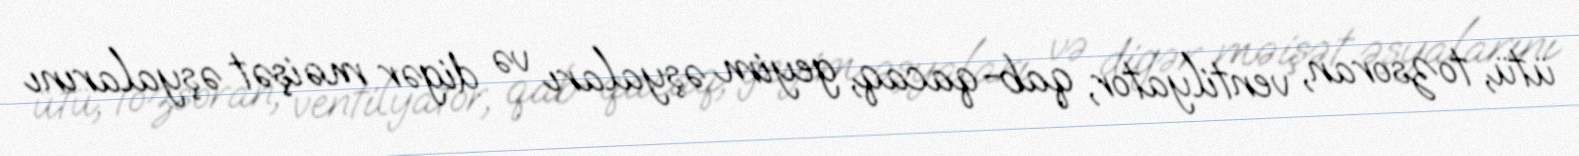
ütü, tozsoran, ventilyator, qab-qacaq, geyim əşyaları və digər məişət əşyalarını